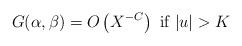
LaTeX: \begin{align*} G(\alpha,\beta)=O\left(X^{-C}\right) \mbox{ if } |u| > K\end{align*}